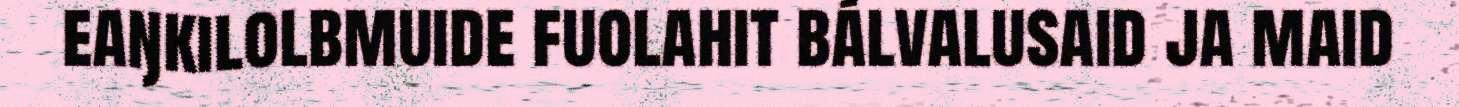
eaŋkilolbmuide fuolahit bálvalusaid ja maid